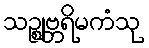
သဉ္ဈဗ္ဘရိမကံသု